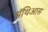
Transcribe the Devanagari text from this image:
मॅथिआस